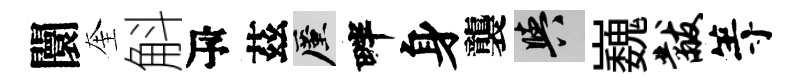
闤奎斛瓴茲厪畔身襲阳巍黻等